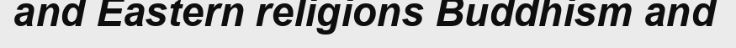
and Eastern religions Buddhism and